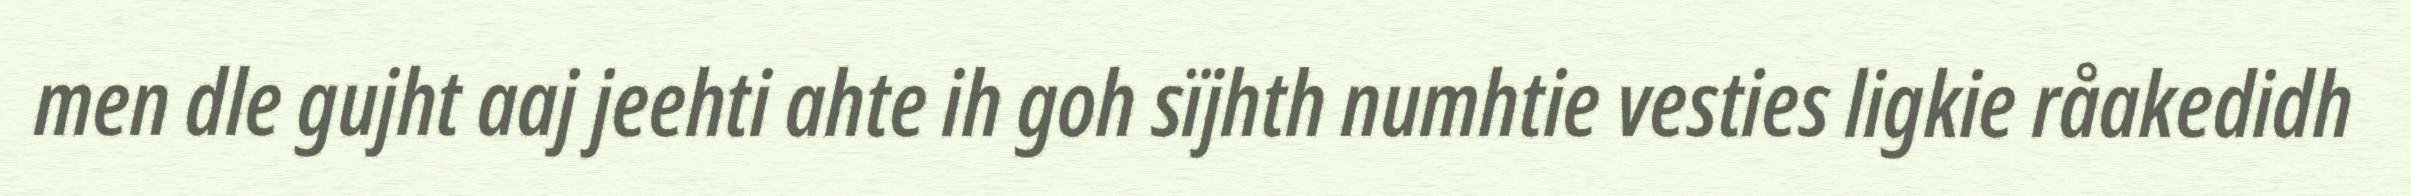
men dle gujht aaj jeehti ahte ih goh sïjhth numhtie vesties ligkie råakedidh